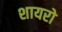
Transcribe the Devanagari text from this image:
शायरो